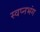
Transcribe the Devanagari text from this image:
स्वप्नभंग